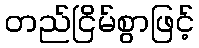
တည်ငြိမ်စွာဖြင့်